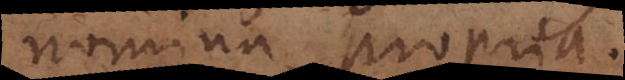
nomina propria.